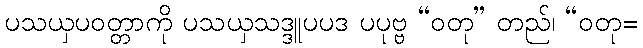
ပသယှပဝတ္တာကို ပသယှသဒ္ဒူပပဒ ပပုဗ္ဗ “ဝတု” တည်၊ “ဝတု=